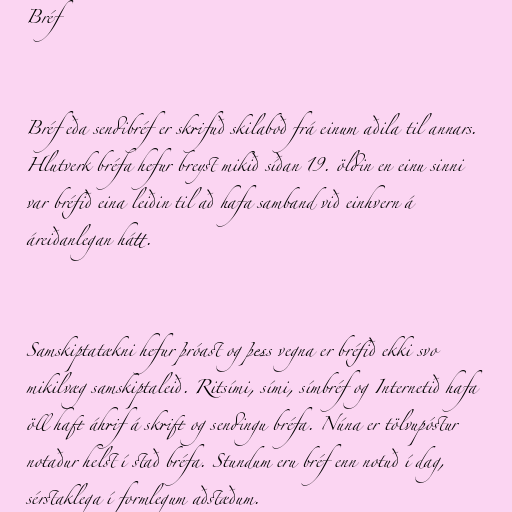
Bréf

Bréf eða sendibréf er skrifuð skilaboð frá einum aðila til annars.
Hlutverk bréfa hefur breyst mikið síðan 19. öldin en einu sinni
var bréfið eina leiðin til að hafa samband við einhvern á
áreiðanlegan hátt.

Samskiptatækni hefur þróast og þess vegna er bréfið ekki svo
mikilvæg samskiptaleið. Ritsími, sími, símbréf og Internetið hafa
öll haft áhrif á skrift og sendingu bréfa. Núna er tölvupóstur
notaður helst í stað bréfa. Stundum eru bréf enn notuð í dag,
sérstaklega í formlegum aðstæðum.